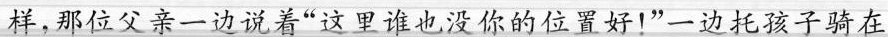
样，那位父亲一边说着“这里谁也没你的位置好！”一边托孩子骑